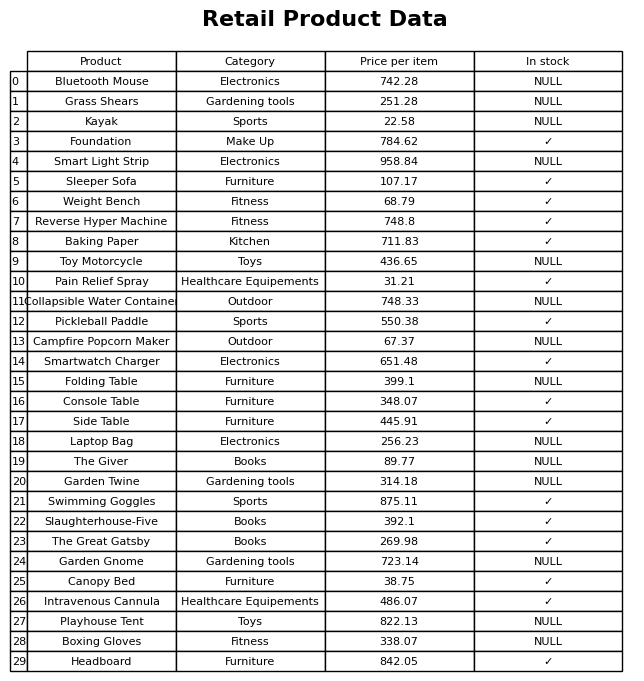
question: What is the price for The Giver?
answer: The price of The Giver is 89.77.